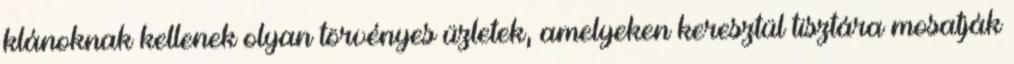
klánoknak kellenek olyan törvényes üzletek, amelyeken keresztül tisztára mosatják